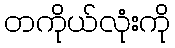
တကိုယ်လုံးကို